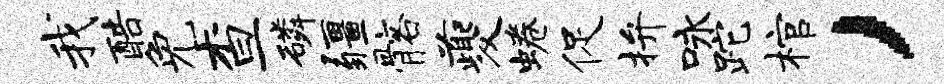
我酷免查磷疆髂夔蜷促拚咏跎棺，